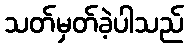
သတ်မှတ်ခဲ့ပါသည်